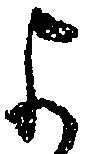
よ